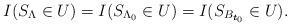
LaTeX: \begin{align*} I(S_{\Lambda} \in U) =I(S_{\Lambda_0} \in U)= I(S_{B_{\boldsymbol{t}_0}}\in U).\end{align*}